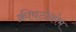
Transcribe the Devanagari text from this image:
क्रीपटोक्रोम